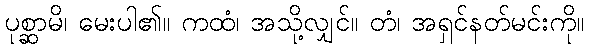
ပုစ္ဆာမိ၊ မေးပါ၏။ ကထံ၊ အသို့လျှင်။ တံ၊ အရှင်နတ်မင်းကို။